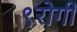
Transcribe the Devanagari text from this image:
९रोगी